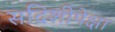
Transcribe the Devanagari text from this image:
सदिशीपेक्षा